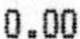
0.00